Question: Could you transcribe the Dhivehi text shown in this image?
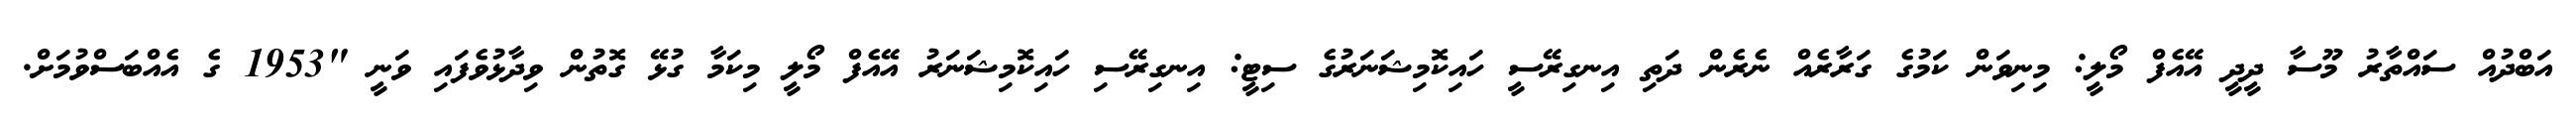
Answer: އަބްދުއް ސައްތާރު މޫސާ ދީދީ އޭއެފް މޯލީ: މިނިވަން ކަމުގެ ގަރާރެއް ނެރެން ދަތި އިނގިރޭސީ ހައިކޮމިޝަނަރުގެ ސިޓީ: އިނގިރޭސި ހައިކޮމިޝަނަރު އޭއެފް މޯލީ މިކަމާ ގުޅޭ ގޮތުން ވިދާޅުވެފައި ވަނީ "1953 ގެ އެއްބަސްވުމަށް.